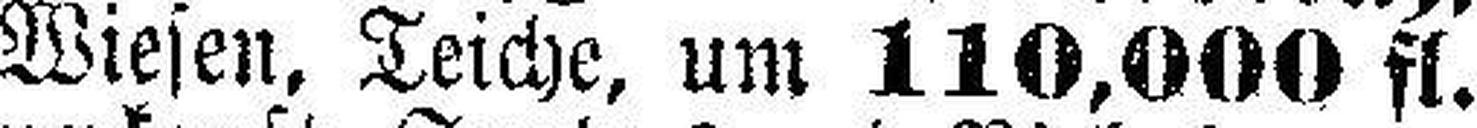
Wiesen, Teiche, um 110,000 fl.